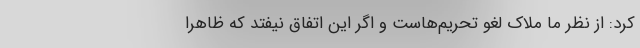
کرد: از نظر ما ملاک لغو تحریم‌هاست و اگر این اتفاق نیفتد که ظاهرا